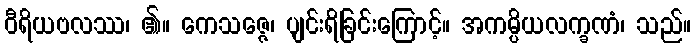
ဝီရိယဗလဿ၊ ၏။ ကေသဇ္ဇေ၊ ပျင်းရိခြင်းကြောင့်။ အကမ္ပိယလက္ခဏံ၊ သည်။